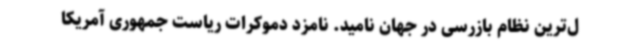
ل‌ترین نظام بازرسی در جهان نامید. نامزد دموکرات ریاست جمهوری آمریکا